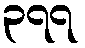
၃၇၇